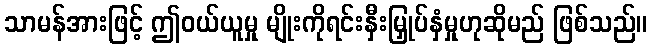
သာမန်အားဖြင့် ဤဝယ်ယူမှု မျိုးကိုရင်းနှီးမြှုပ်နှံမှုဟုဆိုမည် ဖြစ်သည်။